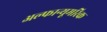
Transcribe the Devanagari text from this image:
अल्फान्यूमरिक